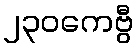
၂၃၀ကေဗွီ